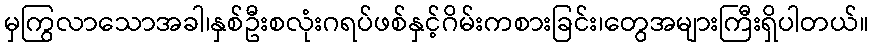
မှကြွလာသောအခါ၊နှစ်ဦးစလုံးဂရပ်ဖစ်နှင့်ဂိမ်းကစားခြင်း၊တွေအများကြီးရှိပါတယ်။